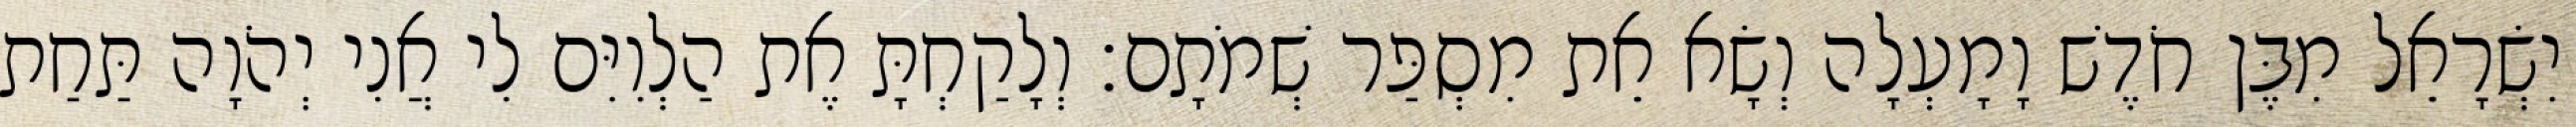
יִשְׂרָאֵל מִבֶּן חֹדֶשׁ וָמָעְלָה וְשָׂא אֵת מִסְפַּר שְׁמֹתָם׃ וְלָקַחְתָּ אֶת הַלְוִיִּם לִי אֲנִי יְהֹוָה תַּחַת